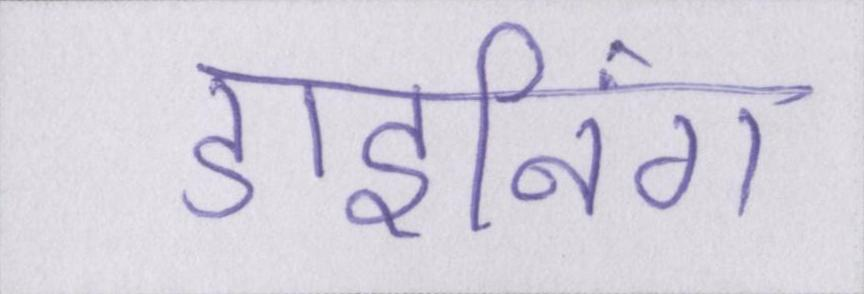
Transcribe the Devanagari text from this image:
डाइनिंग